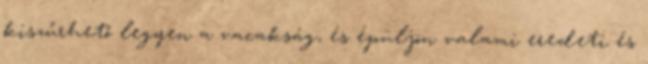
kiszűrhető legyen a vacakság, és épüljön valami eredeti és